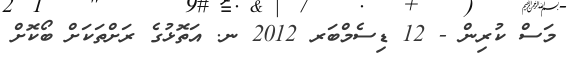
މަސް ކުރިން - 12 ޑިސެމްބަރ 2012 ނ. އަތޮޅުގެ ރަށްތަކަށް ބޯކޮށް